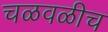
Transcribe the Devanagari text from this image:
चळवळीच